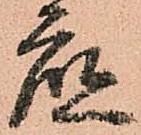
底